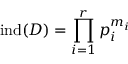
\mathrm { i n d } ( D ) = \prod _ { i = 1 } ^ { r } p _ { i } ^ { m _ { i } }